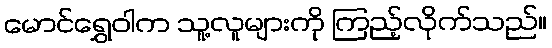
မောင်ရွှေဝါက သူ့လူများကို ကြည့်လိုက်သည်။